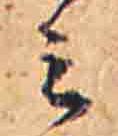
ミ